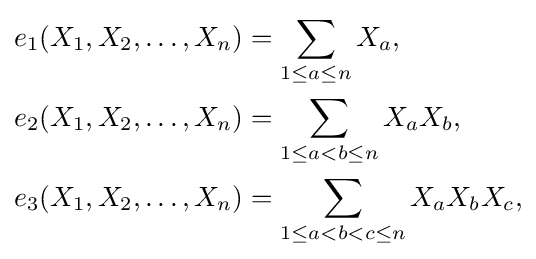
{\begin{aligned}e_{1}(X_{1},X_{2},\dots ,X_{n})&=\sum _{1\leq a\leq n}X_{a},\\e_{2}(X_{1},X_{2},\dots ,X_{n})&=\sum _{1\leq a<b\leq n}X_{a}X_{b},\\e_{3}(X_{1},X_{2},\dots ,X_{n})&=\sum _{1\leq a<b<c\leq n}X_{a}X_{b}X_{c},\\\end{aligned}}